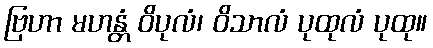
ဗြဟာ မဟန္တံ ဝိပုလံ၊ ဝိသာလံ ပုထုလံ ပုထု။